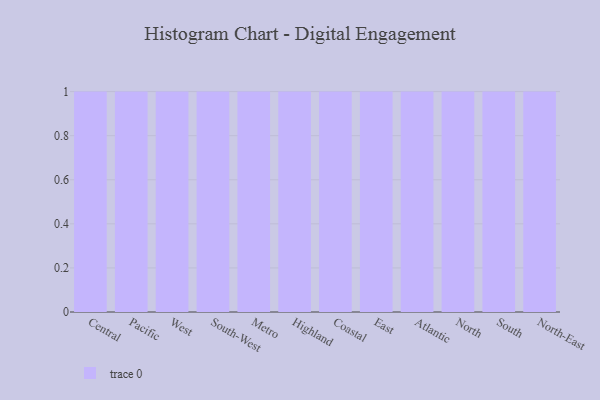
{"axis": {"x": "Region", "y": "Website Visitors"}, "legend": [""], "data": [{"x": "Central", "y": 96, "type": ""}, {"x": "Pacific", "y": 69, "type": ""}, {"x": "West", "y": 5, "type": ""}, {"x": "South-West", "y": 66, "type": ""}, {"x": "Metro", "y": 98, "type": ""}, {"x": "Highland", "y": 72, "type": ""}, {"x": "Coastal", "y": 34, "type": ""}, {"x": "East", "y": 31, "type": ""}, {"x": "Atlantic", "y": 87, "type": ""}, {"x": "North", "y": 21, "type": ""}, {"x": "South", "y": 85, "type": ""}, {"x": "North-East", "y": 17, "type": ""}]}